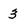
Character: 3